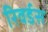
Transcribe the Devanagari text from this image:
रिवर्डस